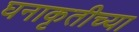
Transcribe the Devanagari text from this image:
घनाकृतीच्या